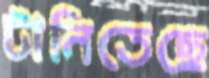
টানিতেছে